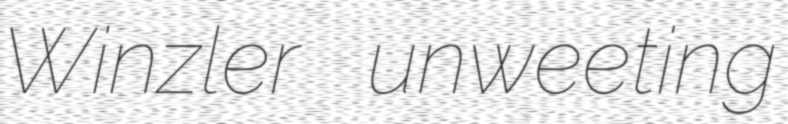
Winzler unweeting